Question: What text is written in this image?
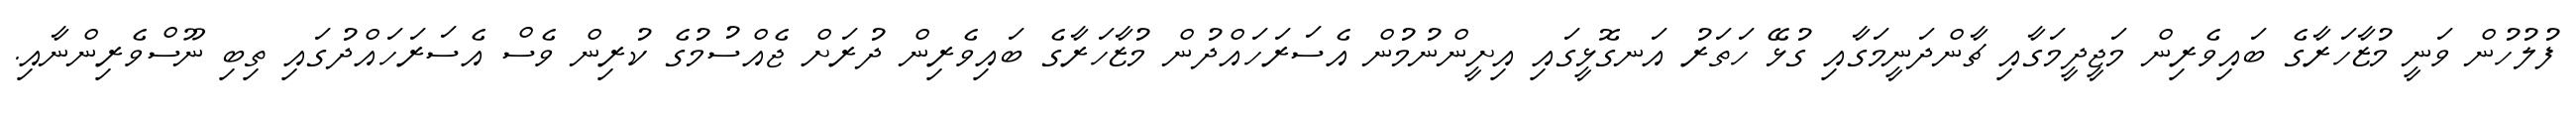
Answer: ފުލުހުން ވަނީ މުޒާހަރާގެ ބައިވެރިން މަޖީދީމަގާއި ޗާންދަނީމަގާއި ގުޅޭ ހަތަރު އަނގޮޅީގައި އިށީންނުމުން އެސަރަހައްދުން މުޒާހަރާގެ ބައިވެރިން ދުރަށް ޖެއްސުމުގެ ކުރިން ވެސް އެސަރަހައްދުގައި ތިބި ނޫސްވެރިންނާއި.